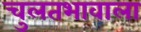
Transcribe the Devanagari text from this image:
चुलतभावाला